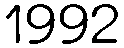
1992